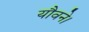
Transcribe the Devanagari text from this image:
यौवने।